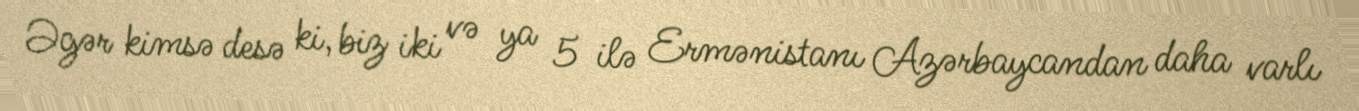
Əgər kimsə desə ki, biz iki və ya 5 ilə Ermənistanı Azərbaycandan daha varlı